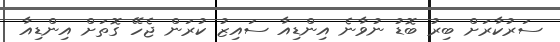
ސަރުކާރަށް ބިރު ބޮޑު ނުވާނެ އިންޑިއާ ސައިޒު ކުރަން ޖެހޭ ގޮތަށް އިންޑިއާ